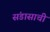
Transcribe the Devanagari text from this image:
संडासाची